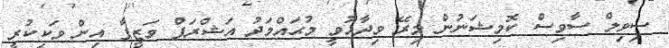
ސިވިލް ސާވިސް ކޮމިޝަނުން މިރޭ ވިދާޅުވީ މުޙައްމަދު އަޝްރަފް ވަޒީފާ އިން ވަކިކުރީ